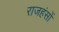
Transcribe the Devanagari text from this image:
राजहंसों